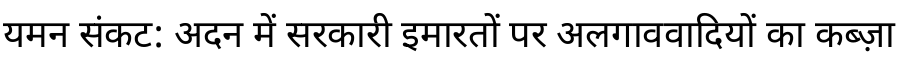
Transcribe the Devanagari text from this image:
यमन संकट: अदन में सरकारी इमारतों पर अलगाववादियों का कब्ज़ा